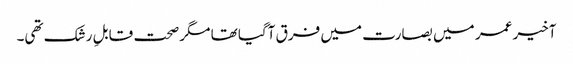
آخیر عمر میں بصارت میں فرق آگیا تھا مگر صحت قابلِ رشک تھی۔